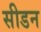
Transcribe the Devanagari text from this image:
सीडन